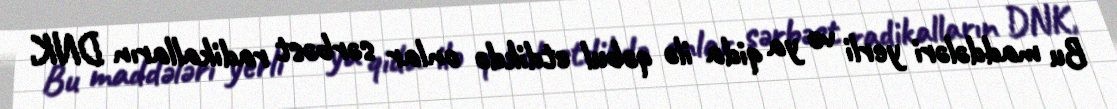
Bu maddələri yerli və ya qida ilə qəbul etdikdə onlar sərbəst radikalların DNK,